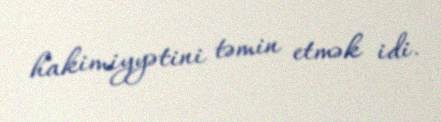
hakimiyyətini təmin etmək idi.